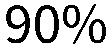
90%